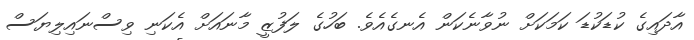
އާދައިގެ ކުޑަކުޑަ ކަމަކަށް ނުވާނެކަން އެނގެއެވެ. ބަހުގެ ލަފުޒީ މާނައަށް އެކަނި ވިސްނައިލިޔަސް